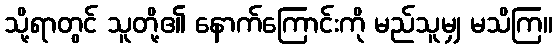
သို့ရာတွင် သူတို့၏ နောက်ကြောင်းကို မည်သူမျှ မသိကြ။